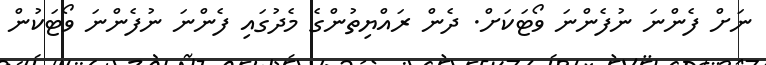
ނަށް ފެންނަ ނުފެންނަ ވޯޓަކަށް. ދެން ރައްޔިތުންގެ މެދުގައި ފެންނަ ނުފެންނަ ވޯޓަކުން